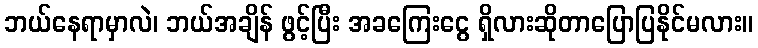
ဘယ်နေရာမှာလဲ၊ ဘယ်အချိန် ဖွင့်ပြီး အခကြေးငွေ ရှိလားဆိုတာပြောပြနိုင်မလား။